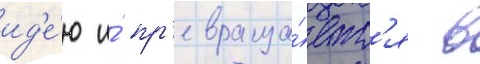
ид'е́ю и́ пр'евраща́етс'я в